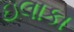
ઇલાકા